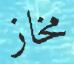
مخاز